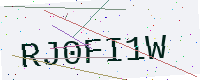
Text: RJ0FI1W